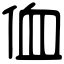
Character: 侐